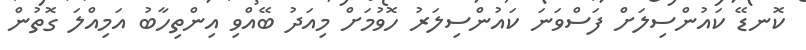
ކޮނޑޭ ކައުންސިލަށް ފަސްވަނަ ކައުންސިލަރު ހޮވުމަށް މިއަދު ބޭއްވި އިންތިހާބު އަމިއްލަ ގޮތުން